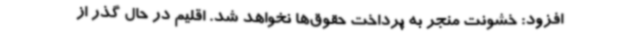
افزود: خشونت منجر به پرداخت حقوق‌ها نخواهد شد. اقلیم در حال گذر از